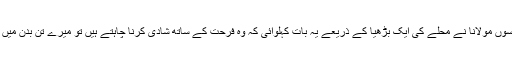
لیکن جب پرسوں مولانا نے محلے کی ایک بڑھیا کے ذریعے یہ بات کہلوائی کہ وہ فرحت کے ساتھ شادی کرنا چاہتے ہیں تو میرے تن بدن میں آگ لگ گئی۔